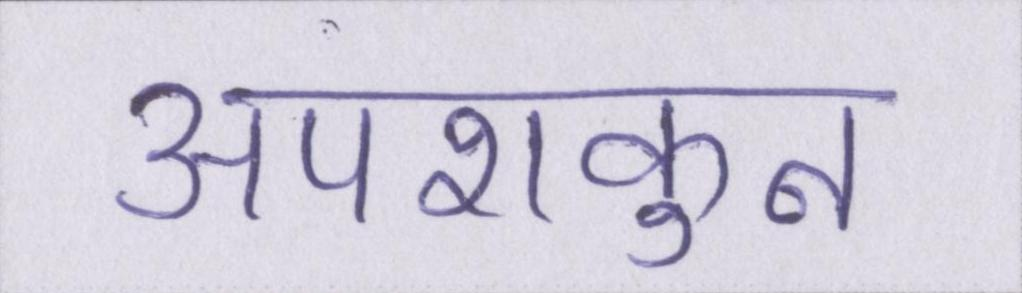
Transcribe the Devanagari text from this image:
अपशकुन